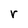
Character: r